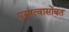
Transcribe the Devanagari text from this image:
पुरुषत्वासोबत